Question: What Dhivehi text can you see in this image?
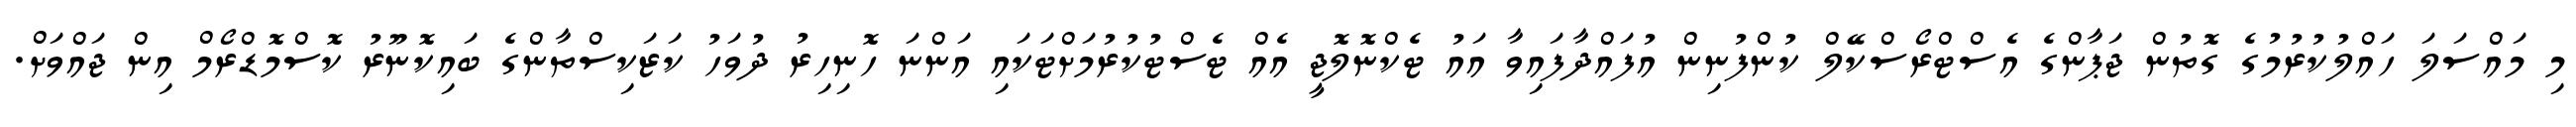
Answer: މި މައްސަލަ ހައްލުކުރުމުގެ ގޮތުން ޖަޕާންގެ އެސްޓްރޯސްކޭލް ކުންފުނިން އުފައްދާފައިވާ އައު ޓެކްނޮލޮޖީ އެއް ޓެސްޓުކުރުމަށްޓަކައި އަންނަ ހޮނިހިރު ދުވަހު ކަޒަކިސްތާންގެ ބައިކޮނޫރު ކޮސްމޮޑްރޯމް އިން ޖައްވަށް.